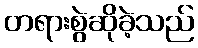
တရားစွဲဆိုခဲ့သည်